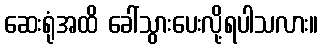
ဆေးရုံအထိ ခေါ်သွားပေးလို့ရပါသလား။